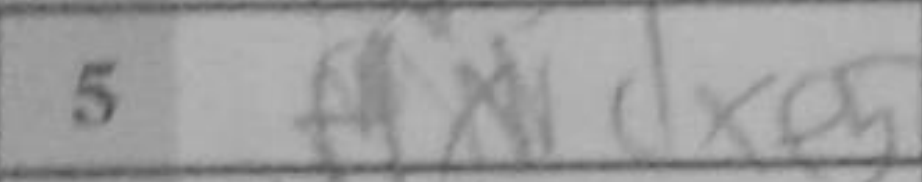
Transcription: dxe5